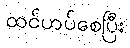
ထင်ဟပ်စေပြီး